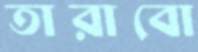
তারাবো